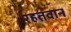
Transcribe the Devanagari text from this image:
रहतवान